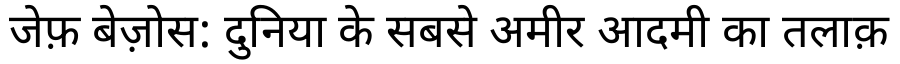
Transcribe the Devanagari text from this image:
जेफ़ बेज़ोस: दुनिया के सबसे अमीर आदमी का तलाक़